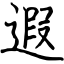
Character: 遐